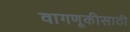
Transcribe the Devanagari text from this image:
वागणूकीसाठी